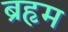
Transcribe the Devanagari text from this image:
ब्रहृम